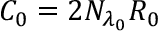
C _ { 0 } = 2 N _ { \lambda _ { 0 } } R _ { 0 }